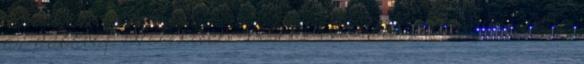
az adóalap szélesítése állhat - viszont ellene játszik a